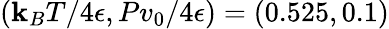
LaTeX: (\mathbf{k}_{B}T/4\epsilon,Pv_{0}/4\epsilon)=(0.525,0.1)